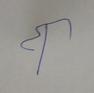
Signature authenticity: forged